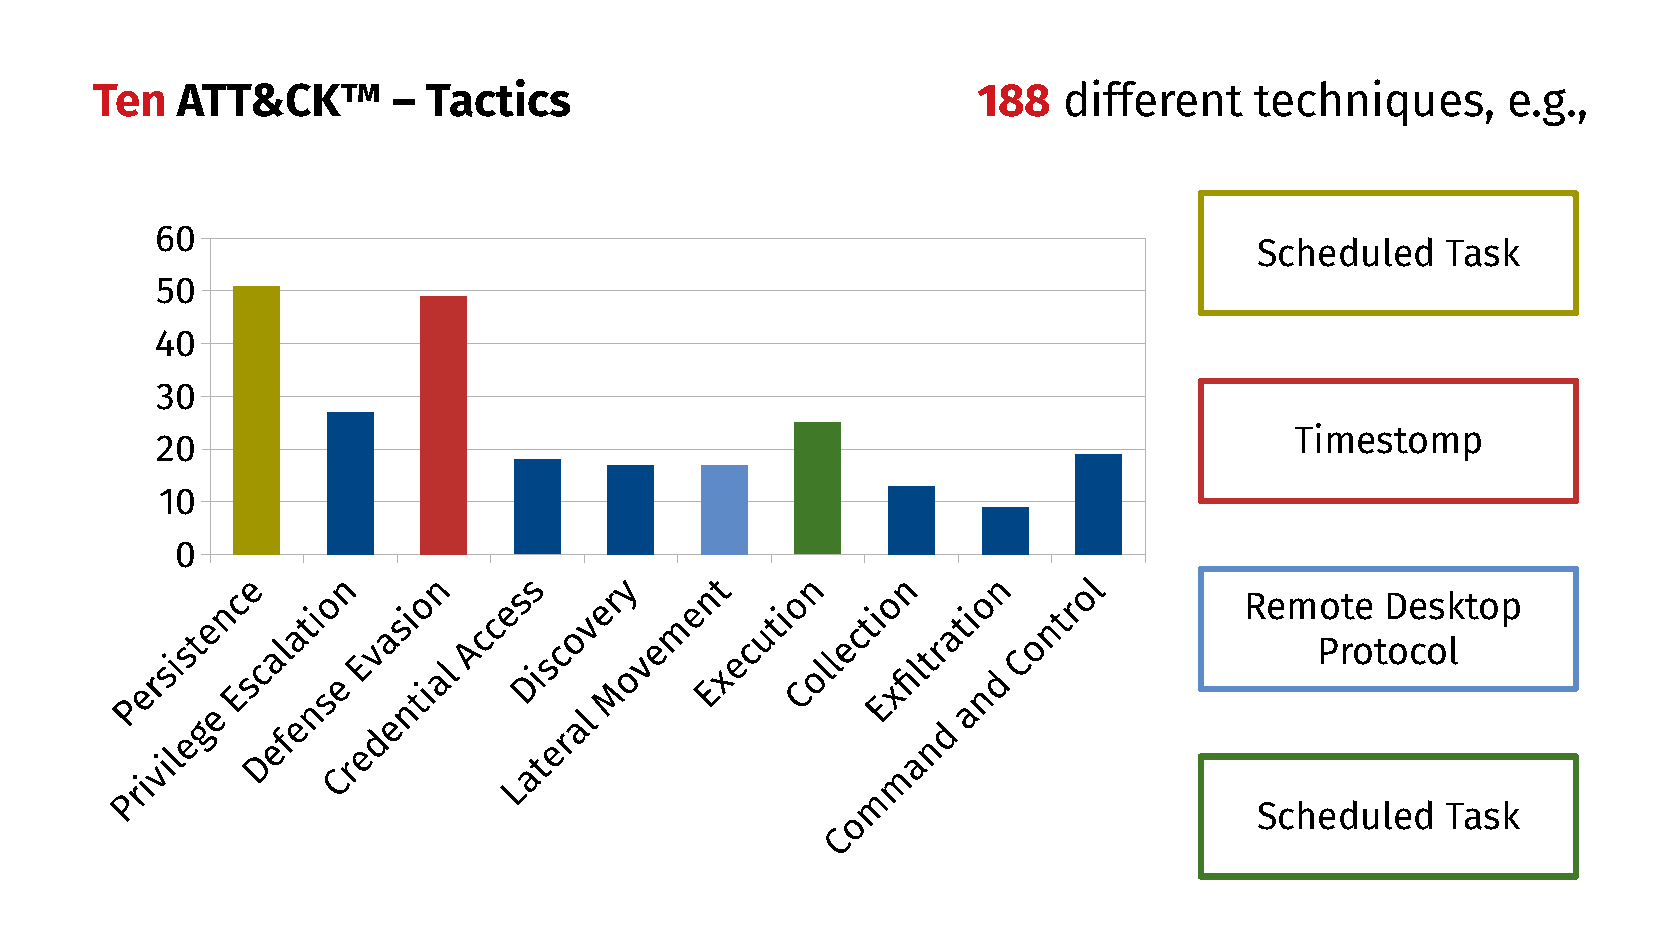
Ten   ATT&CK™       – Tactics                              188  different    techniques,      e.g.,
 6666600000
 Scheduled    Task
 5555500000
 4444400000
 3333300000
 Timestomp
 2222200000
 1111100000
 00000
 Remote    Desktop
 Protocol
 Scheduled    Task